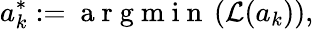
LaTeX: a_{k}^{*}:=\mathrm{~a~r~g~m~i~n~}\left(\mathcal{L}(a_{k})\right),